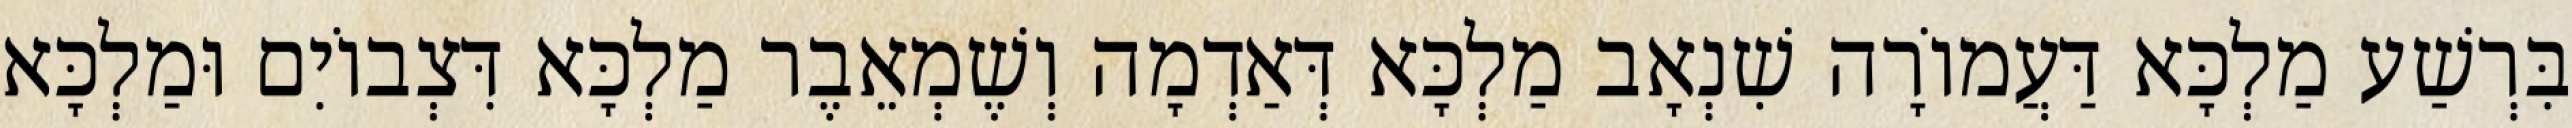
בִּרְשַׁע מַלְכָּא דַּעֲמוֹרָה שִׁנְאָב מַלְכָּא דְּאַדְמָה וְשֶׁמְאֵבֶר מַלְכָּא דִּצְבוֹיִם וּמַלְכָּא